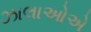
ઝાલાઓએ